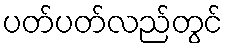
ပတ်ပတ်လည်တွင်